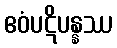
ဧဝံပဋိပန္နဿ